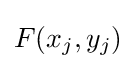
F(x_{j},y_{j})